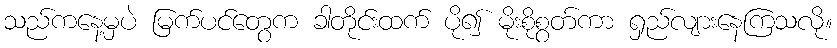
သည်ကနေ့မှပဲ မြက်ပင်တွေက ခါတိုင်းထက် ပို၍ မိုးစိုစွတ်ကာ ရှည်လျားနေကြသလို။